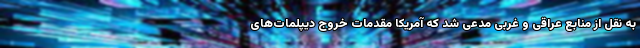
به نقل از منابع عراقی و غربی مدعی شد که آمریکا مقدمات خروج دیپلمات‌های